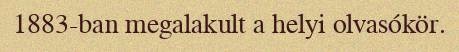
1883-ban megalakult a helyi olvasókör.